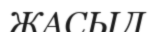
ЖАСЫЛ